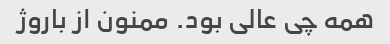
همه چی عالی بود. ممنون از باروژ